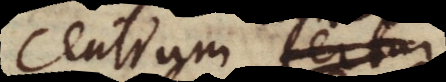
centrum fertur,